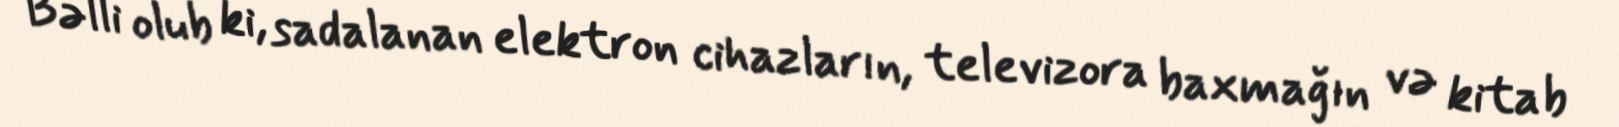
Bəlli olub ki, sadalanan elektron cihazların, televizora baxmağın və kitab